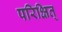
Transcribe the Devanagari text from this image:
परिक्षित्